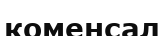
коменсал